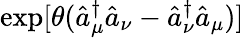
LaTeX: \exp[\theta(\hat{a}_{\mu}^{\dagger}\hat{a}_{\nu}-\hat{a}_{\nu}^{\dagger}\hat{a}_{\mu})]